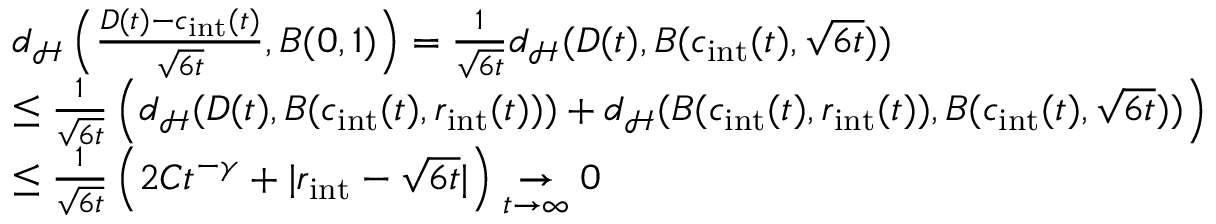
\begin{array} { r l } & { d _ { \mathcal { H } } \left( \frac { D ( t ) - c _ { \mathrm { i n t } } ( t ) } { \sqrt { 6 t } } , B ( 0 , 1 ) \right) = \frac { 1 } { \sqrt { 6 t } } d _ { \mathcal { H } } ( D ( t ) , B ( c _ { \mathrm { i n t } } ( t ) , \sqrt { 6 t } ) ) } \\ & { \le \frac { 1 } { \sqrt { 6 t } } \left( d _ { \mathcal { H } } ( D ( t ) , B ( c _ { \mathrm { i n t } } ( t ) , r _ { \mathrm { i n t } } ( t ) ) ) + d _ { \mathcal { H } } ( B ( c _ { \mathrm { i n t } } ( t ) , r _ { \mathrm { i n t } } ( t ) ) , B ( c _ { \mathrm { i n t } } ( t ) , \sqrt { 6 t } ) ) \right) } \\ & { \le \frac { 1 } { \sqrt { 6 t } } \left( 2 C t ^ { - \gamma } + \vert r _ { \mathrm { i n t } } - \sqrt { 6 t } \vert \right) \underset { t \to \infty } { \to } 0 } \end{array}